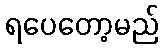
ရပေတော့မည်